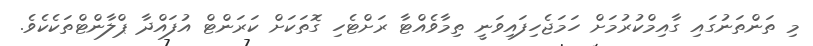
މި ތަންތަނުގައި ގާއިމްކުރުމަށް ހަމަޖެހިފައިވަނީ ތިމާވެއްޓާ ރަށްޓެހި ގޮތަކަށް ކަރަންޓް އުފައްދާ ޕްލާންޓްތަކެކެވެ.